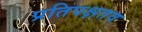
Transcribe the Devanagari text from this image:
प्रतिपक्षतव